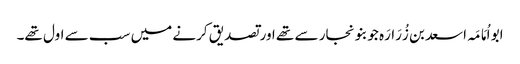
ابو اُمَامَہ اسعد بن زُرَارَہ جو بنو نجار سے تھے اور تصدیق کرنے میں سب سے اول تھے۔